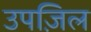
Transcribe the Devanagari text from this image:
उपज़िल